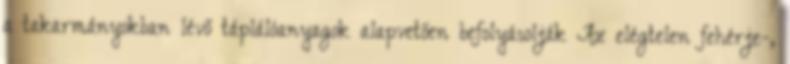
a takarmányokban lévő táplálóanyagok alapvetően befolyásolják Az elégtelen fehérje-,